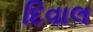
દિવાલ